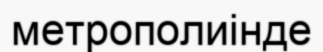
метрополиінде